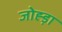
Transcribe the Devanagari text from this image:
जोह्ड़ा